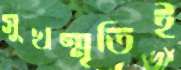
সুখস্মৃতিই